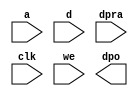
module qspi_info_fifo_mem(
  a,
  d,
  dpra,
  clk,
  we,
  dpo
);

input [4 : 0] a;
input [15 : 0] d;
input [4 : 0] dpra;
input clk;
input we;
output [15 : 0] dpo;

// synthesis translate_off

  DIST_MEM_GEN_V7_2 #(
    .C_ADDR_WIDTH(5),
    .C_DEFAULT_DATA("0"),
    .C_DEPTH(32),
    .C_FAMILY("spartan6"),
    .C_HAS_CLK(1),
    .C_HAS_D(1),
    .C_HAS_DPO(1),
    .C_HAS_DPRA(1),
    .C_HAS_I_CE(0),
    .C_HAS_QDPO(0),
    .C_HAS_QDPO_CE(0),
    .C_HAS_QDPO_CLK(0),
    .C_HAS_QDPO_RST(0),
    .C_HAS_QDPO_SRST(0),
    .C_HAS_QSPO(0),
    .C_HAS_QSPO_CE(0),
    .C_HAS_QSPO_RST(0),
    .C_HAS_QSPO_SRST(0),
    .C_HAS_SPO(0),
    .C_HAS_SPRA(0),
    .C_HAS_WE(1),
    .C_MEM_INIT_FILE("no_coe_file_loaded"),
    .C_MEM_TYPE(4),
    .C_PARSER_TYPE(1),
    .C_PIPELINE_STAGES(0),
    .C_QCE_JOINED(0),
    .C_QUALIFY_WE(0),
    .C_READ_MIF(0),
    .C_REG_A_D_INPUTS(0),
    .C_REG_DPRA_INPUT(0),
    .C_SYNC_ENABLE(1),
    .C_WIDTH(16)
  )
  inst (
    .A(a),
    .D(d),
    .DPRA(dpra),
    .CLK(clk),
    .WE(we),
    .DPO(dpo),
    .SPRA(),
    .I_CE(),
    .QSPO_CE(),
    .QDPO_CE(),
    .QDPO_CLK(),
    .QSPO_RST(),
    .QDPO_RST(),
    .QSPO_SRST(),
    .QDPO_SRST(),
    .SPO(),
    .QSPO(),
    .QDPO()
  );

// synthesis translate_on

endmodule